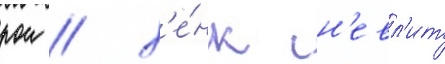
рои / х'е́нк сн'евл'ит